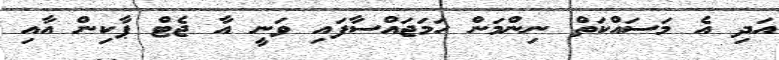
އަދި އެ މަސައްކަތް ނިންމަން ހަމަޖައްސާފައި ވަނީ އާ ޖެޓް ޕާކިން އާއި